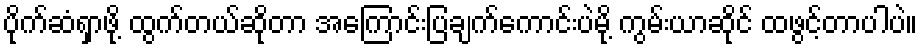
ပိုက်ဆံရှာဖို့ ထွက်တယ်ဆိုတာ အကြောင်းပြချက်ကောင်းပဲမို့ ကွမ်းယာဆိုင် ထဖွင့်တာပါပဲ။